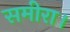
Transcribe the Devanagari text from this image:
समीरा।